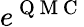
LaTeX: e^{\mathrm{~Q~M~C~}}